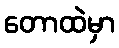
တောထဲမှာ